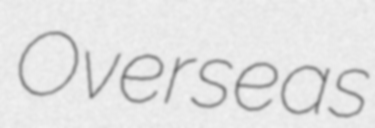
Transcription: Overseas